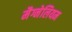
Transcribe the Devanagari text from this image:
मैग्नेलियम